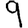
Digit: 9